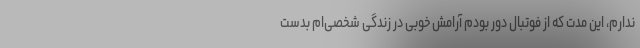
ندارم، این مدت که از فوتبال دور بودم آرامش خوبی در زندگی شخصی‌ام بدست